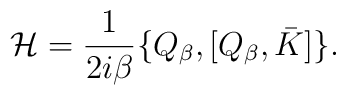
{\cal H} = \frac{1}{2i\beta}\{Q_{\beta},[Q_{\beta}, \bar K]\}.